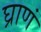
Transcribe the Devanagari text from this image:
घ्राणं